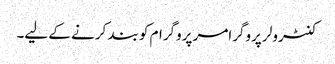
کنٹرولر پروگرامر پروگرام کو بند کرنے کے لیے۔